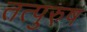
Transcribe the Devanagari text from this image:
तत्पुरु़ष